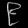
Digit: ၉